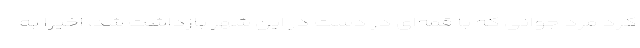
کرد مرد جوانی که با قمه‌ای در دست در این شهر بازداشت شد، اخیرا به